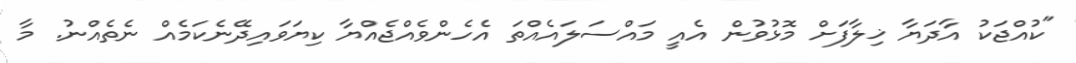
"ކުއްޖަކު އާދަޔާ ޚިލާފަށް މޮޅުވުން އެއީ މައްސަލައެއްތަ އެހެންވެއްޖެއްޔާ ކިޔަވައިދޭނެކަމެއް ނެތެއްނު. މާ